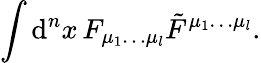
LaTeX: \int\mathrm{d}^{n}x\, F_{\mu_{1}\ldots\mu_{l}}\tilde{F}^{\mu_{1}\ldots\mu_{l}}.